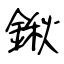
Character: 鍬